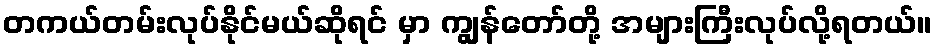
တကယ်တမ်းလုပ်နိုင်မယ်ဆိုရင် မှာ ကျွန်တော်တို့ အများကြီးလုပ်လို့ရတယ်။